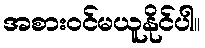
အစားဝင်မယူနိုင်ပါ။